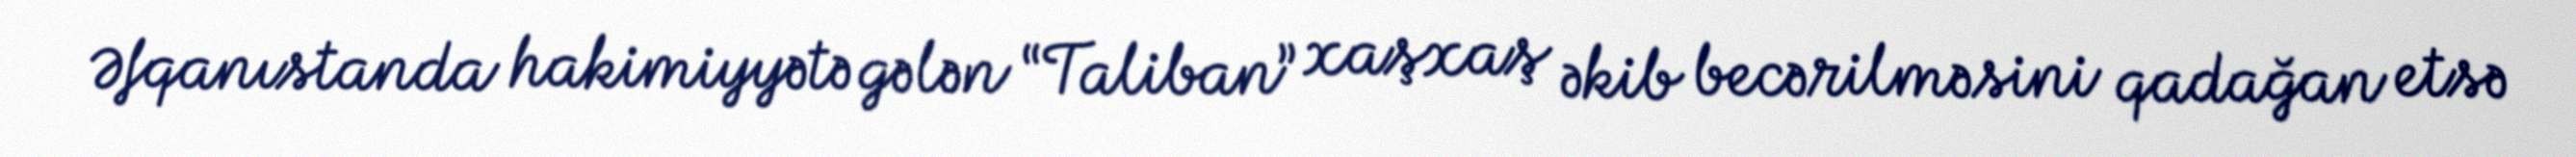
Əfqanıstanda hakimiyyətə gələn “Taliban” xaşxaş əkib becərilməsini qadağan etsə